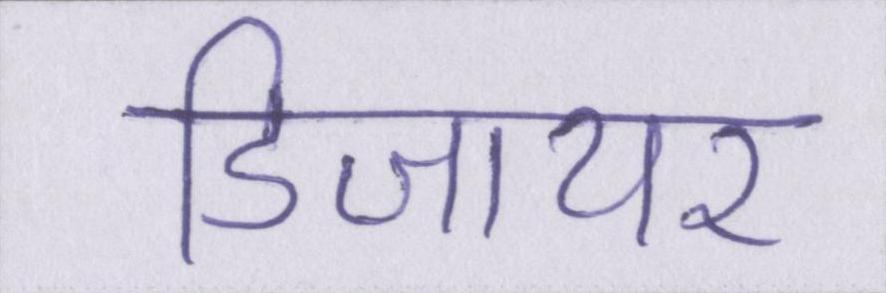
डिजायर